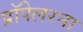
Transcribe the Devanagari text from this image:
प्रॉपेलरना